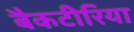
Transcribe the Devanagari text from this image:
बैकटीरिया